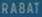
RABAT